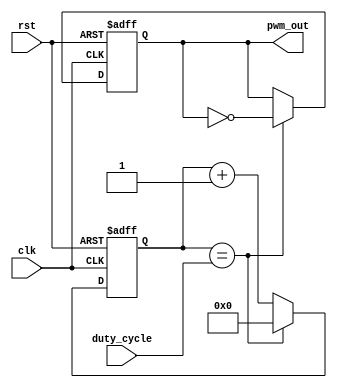
module PWM_Pulse_Generator (
    input clk,
    input rst,
    input [7:0] duty_cycle,
    output reg pwm_out
);

reg [7:0] counter;

always @(posedge clk or posedge rst) begin
    if (rst) begin
        counter <= 8'h00; // initialize counter
        pwm_out <= 1'b0; // initialize output
    end else begin
        if (counter == duty_cycle) begin
            pwm_out <= ~pwm_out; // toggle output
            counter <= 8'h00; // reset counter
        end else begin
            counter <= counter + 1; // increment counter
        end
    end
end

endmodule